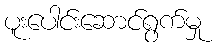
ပူးပေါင်းဆောင်ရွက်မှု